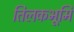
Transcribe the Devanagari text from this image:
तिलकभूमि